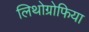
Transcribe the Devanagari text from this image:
लिथोग्रोफिया